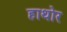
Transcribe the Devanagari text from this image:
हाथोर